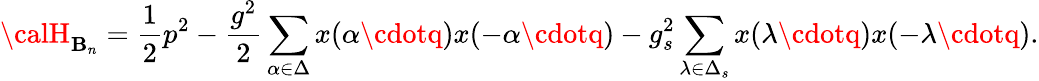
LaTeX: {\calH}_{\mathbf{B}_{n}}={\frac{{1}}{{2}}}p^{2}-{\frac{{g^{2}}}{{2}}}\sum_{\alpha\in\Delta}x(\alpha\cdotq)x(-\alpha\cdotq)-{g_{s}^{2}}\sum_{\lambda\in\Delta_{s}}x(\lambda\cdotq)x(-\lambda\cdotq).